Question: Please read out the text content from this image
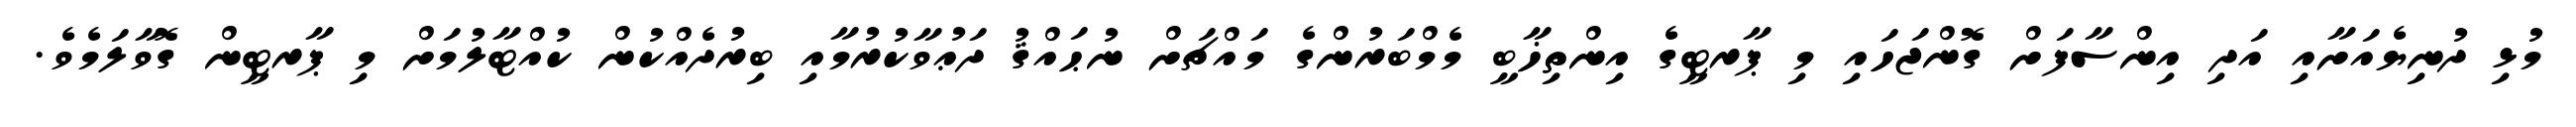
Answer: މުޅި ދުނިޔެއަށާއި އަދި އިންސާފަށް ގޮންޖަހައި މި ޕާރޓީގެ އިންތިޚާބީ މެމްބަރުންގެ މައްޗަށް ނުޙައްޤު ދަޢުވާކުރުމާއި ބިރުދެއްކުން ކުއްޓާލުމަށް މި ޕާރޓީން ގޮވާލަމެވެ.